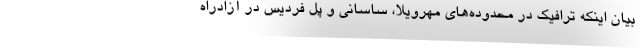
بیان اینکه ترافیک در محدوده‌های مهرویلا، ساسانی و پل فردیس در آزادراه